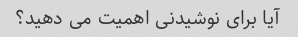
آیا برای نوشیدنی اهمیت می دهید؟